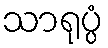
သာရုပ္ပံ